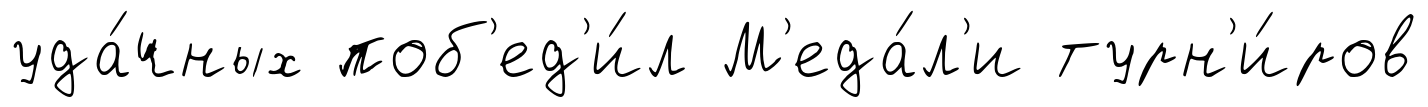
уда́чных поб'ед'и́л М'еда́л'и турн'и́ров